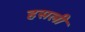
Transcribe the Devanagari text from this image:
हसली